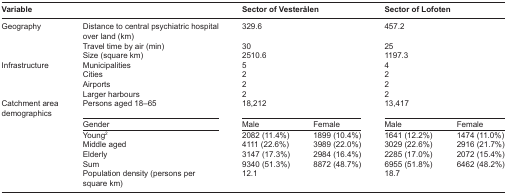
| Variable |  | <COLSPAN=2> Sector of Vesterålen | <COLSPAN=2> Sector of Lofoten |
 | --- | --- | --- | --- | --- | --- |
 | Geography | Distance to central psychiatric hospital over land (km) | <COLSPAN=2> 329.6 | <COLSPAN=2> 457.2 |
 |  | Travel time by air (min) | <COLSPAN=2> 30 | <COLSPAN=2> 25 |
 |  | Size (square km) | <COLSPAN=2> 2510.6 | <COLSPAN=2> 1197.3 |
 | Infrastructure | Municipalities | <COLSPAN=2> 5 | <COLSPAN=2> 4 |
 |  | Cities | <COLSPAN=2> 2 | <COLSPAN=2> 2 |
 |  | Airports | <COLSPAN=2> 2 | <COLSPAN=2> 2 |
 |  | Larger harbours | <COLSPAN=2> 2 | <COLSPAN=2> 2 |
 | Catchment area demographics | Persons aged 18–65 | <COLSPAN=2> 18,212 | <COLSPAN=2> 13,417 |
 |  | Gender | Male | Female | Male | Female |
 |  | Young2 | 2082 (11.4%) | 1899 (10.4%) | 1641 (12.2%) | 1474 (11.0%) |
 |  | Middle aged | 4111 (22.6%) | 3989 (22.0%) | 3029 (22.6%) | 2916 (21.7%) |
 |  | Elderly | 3147 (17.3%) | 2984 (16.4%) | 2285 (17.0%) | 2072 (15.4%) |
 |  | Sum | 9340 (51.3%) | 8872 (48.7%) | 6955 (51.8%) | 6462 (48.2%) |
 |  | Population density (persons per square km) | 12.1 |  | 18.7 |